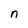
Character: n